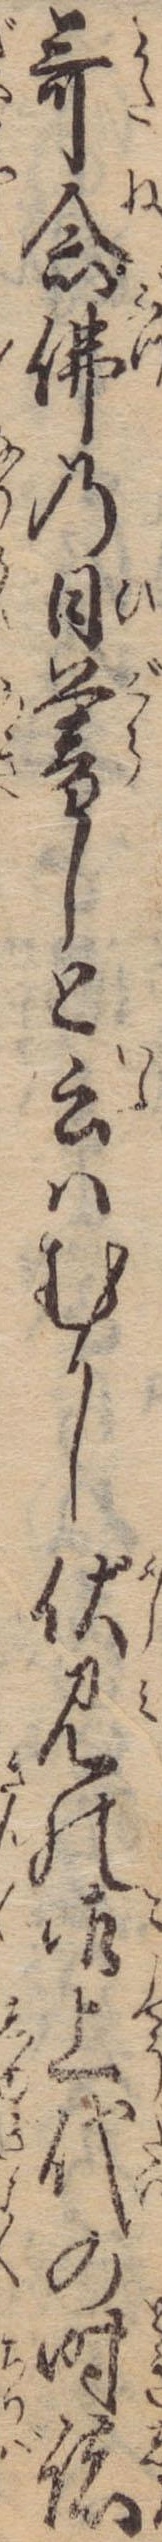
歌念仏の日暮しと云はむかし伏見の御上代の時諸